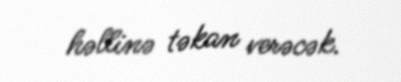
həllinə təkan verəcək.